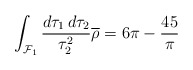
\begin{align*}\int_{{\cal F}_1}\frac{d\tau_1 \, d\tau_2}{\tau_2^2}\overline{\rho}= 6\pi-\frac{45}{\pi}\end{align*}